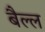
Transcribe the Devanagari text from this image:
बैल्ल